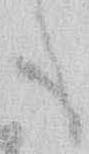
も